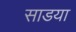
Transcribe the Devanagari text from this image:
साडया